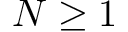
N \geq 1